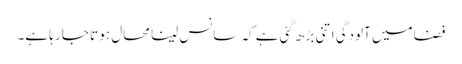
فضا میں آلودگی اتنی بڑھ گئی ہے کہ سانس لینا محال ہو تا جا رہا ہے۔